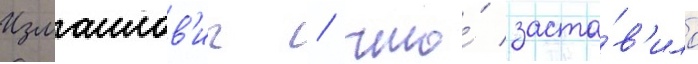
Измаилов'ич / что́ заста́в'ило